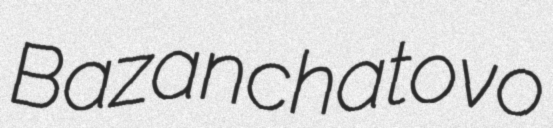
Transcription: Bazanchatovo